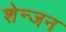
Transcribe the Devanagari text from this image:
शेन्जन